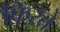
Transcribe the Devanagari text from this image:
फ़िरते